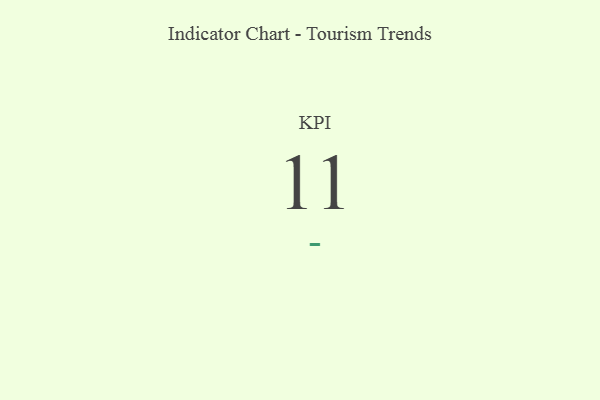
{"axis": {"x": "KPI", "y": "Value"}, "legend": [""], "data": [{"x": "KPI", "y": 11, "type": ""}]}